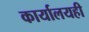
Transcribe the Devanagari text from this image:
कार्यालयही